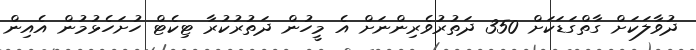
ދުވާލަކަށް ގާތްގަޑަކަށް 350 ދަތުރުވެރިންނަށް އެ މީހުން ދަތުރުކުރާ ޓިކެޓް ހުށަހެޅުމުން އެއިން